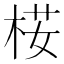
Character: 𣒢